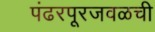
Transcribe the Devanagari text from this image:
पंढरपूरजवळची